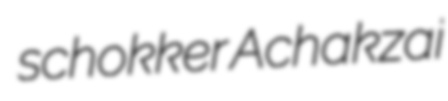
schokker Achakzai